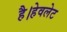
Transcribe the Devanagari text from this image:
है।हेवलेट